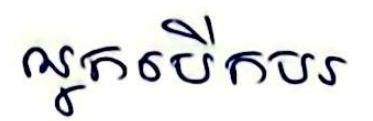
អ្នកបើកបរ